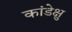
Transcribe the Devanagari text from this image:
कांडेक्षु